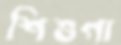
শিশুগা